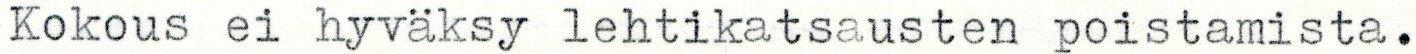
Kokous ei hyväksy lehtikatsausten poistamista.